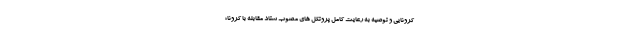
کرونایی و توصیه به رعایت کامل پروتکل های مصوب ستاد مقابله با کرونا؛